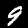
Label: 9